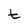
Character: t